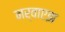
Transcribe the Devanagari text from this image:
नर्वाएझ